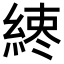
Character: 𦁨